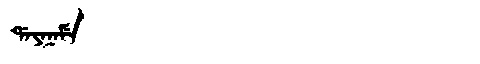
Manchu: ᡩᠠᠶᠠᠨᠠᠮᡝ
Romanization: DAYANAME